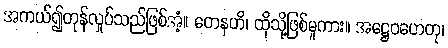
အကယ်၍တုန်လှုပ်သည်ဖြစ်အံ့။ တေနဟိ၊ ထိုသို့ဖြစ်မူကား။ အဋ္ဌေဝဟေတု၊